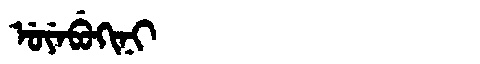
Manchu: ᡠᠶᡝᠪᡠᡴᡳᠨᡳ
Romanization: UYEBUKINI